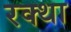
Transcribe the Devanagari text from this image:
रक्था